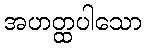
အဟတ္ထပါသော